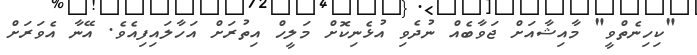
"ކިހިނެތްވީ" މާއިޝާއަށް ޖަވާބެއް ނުދެވި އުޅެނިކޮށް މަލީހް އިތުރަށް އަހާލައިފިއެވެ. އޭނާ އެވަރަށް